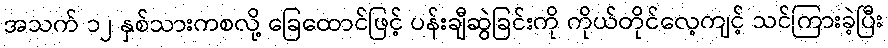
အသက် ၁၂ နှစ်သားကစလို့ ခြေထောင်ဖြင့် ပန်းချီဆွဲခြင်းကို ကိုယ်တိုင်လေ့ကျင့် သင်ကြားခဲ့ပြီး